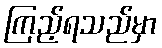
ကြည့်ရသည်မှာ